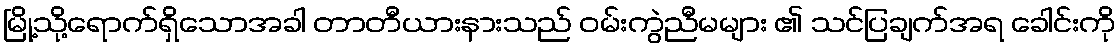
မြို့သို့ရောက်ရှိသောအခါ တာတီယားနားသည် ဝမ်းကွဲညီမများ ၏ သင်ပြချက်အရ ခေါင်းကို